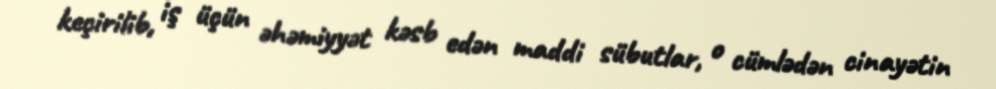
keçirilib, iş üçün əhəmiyyət kəsb edən maddi sübutlar, o cümlədən cinayətin